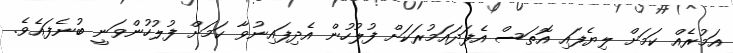
އަމުރެއް ކަމަށް ލިޔެފައި އޮތަސް އެފަދައަމުރަކަށް ފުލުހުން އެދިފައިނުވާ ކަމަށް ފުލުހުންވަނީ ބުނެފައެވެ.